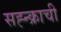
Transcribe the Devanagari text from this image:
सह्न्क्राची